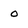
Character: O